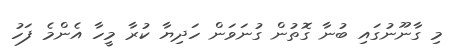
މިި ގާނޫނުގައި ބުނާ ގޮތުން ގުނަވަން ހަދިޔާ ކުރާ މީހާ އެންމެ ފަހު